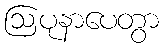
ဩပုနာပေတွာ